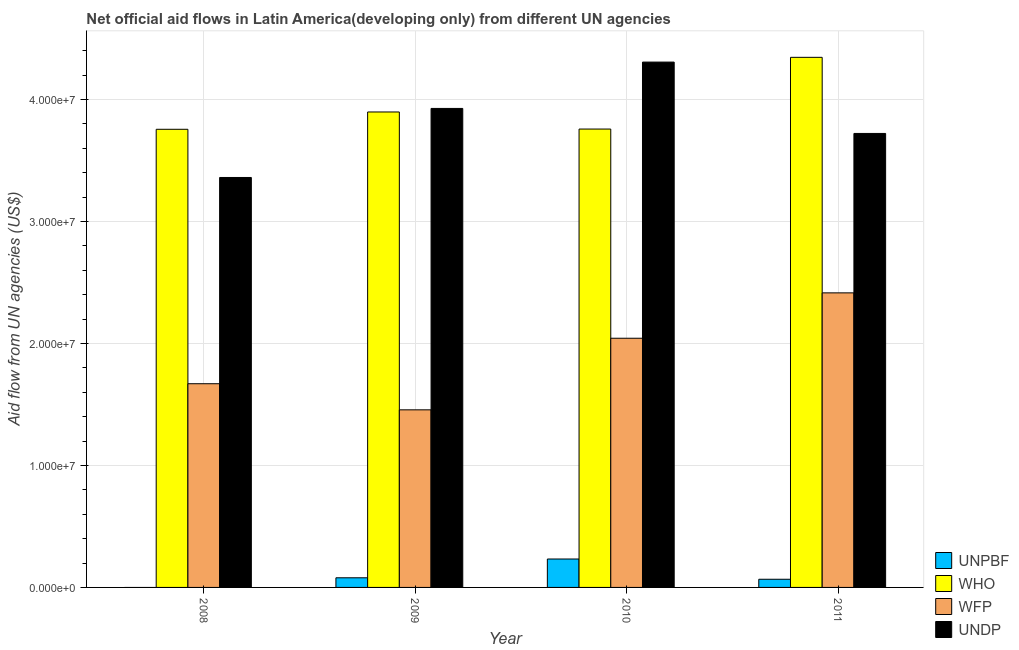
| Year | UNPBF | WHO | WFP | UNDP |
 | --- | --- | --- | --- | --- |
 | 2008 | -9e+04 | 3.76e+07 | 1.67e+07 | 3.36e+07 |
 | 2009 | 7.9e+05 | 3.9e+07 | 1.46e+07 | 3.93e+07 |
 | 2010 | 2.33e+06 | 3.76e+07 | 2.04e+07 | 4.31e+07 |
 | 2011 | 6.7e+05 | 4.35e+07 | 2.42e+07 | 3.72e+07 |